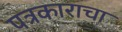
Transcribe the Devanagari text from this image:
पत्रकाराचा